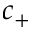
c _ { + }